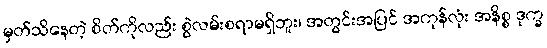
မှတ်သိနေတဲ့ စိတ်ကိုလည်း စွဲလမ်းစရာမရှိဘူး၊ အတွင်းအပြင် အကုန်လုံး အနိစ္စ ဒုက္ခ